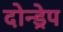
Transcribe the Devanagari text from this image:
दोन्ड्रेप